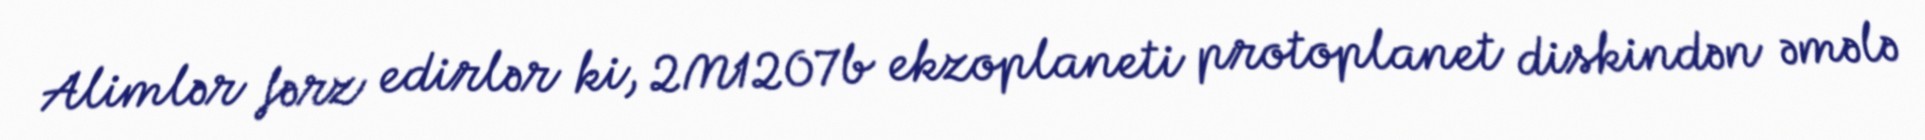
Alimlər fərz edirlər ki, 2M1207b ekzoplaneti protoplanet diskindən əmələ